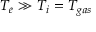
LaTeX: T _ { e } \gg T _ { i } = T _ { g a s }